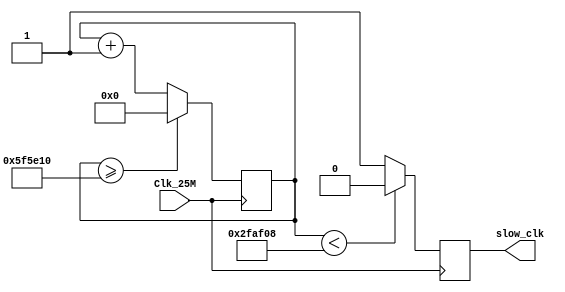
module frequency_divider_1_second
#(
	parameter COUNT_25MHZ = 6250000,
	parameter COUNT_12MHZ = 3125000 
)
(
	input Clk_25M, 
	output reg slow_clk
);

    reg [31:0] counter = 32'b0;
	 
    always @(posedge Clk_25M)
    begin
        counter <= (counter>=COUNT_25MHZ) ? 0 : counter + 2'b01;
        slow_clk <= (counter < COUNT_12MHZ) ? 1'b0 : 1'b1;
    end
endmodule